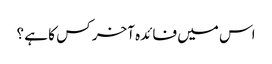
اس میں فائدہ آخر کس کا ہے ؟